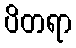
ပိတရာ